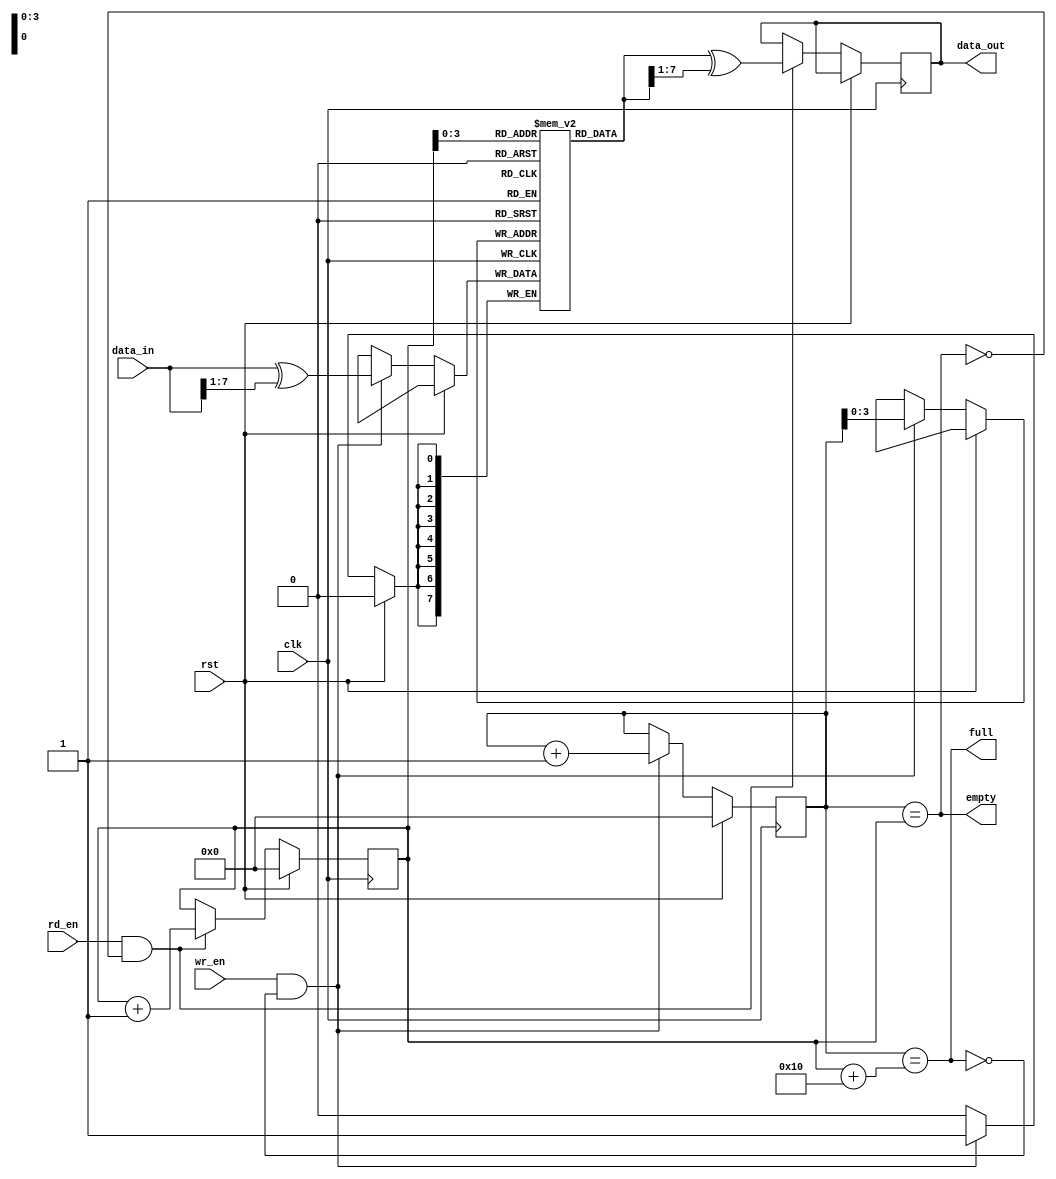
module gray_fifo (
  input wire clk,
  input wire rst,
  input wire wr_en,
  input wire rd_en,
  input wire [WIDTH-1:0] data_in,
  output reg [WIDTH-1:0] data_out,
  output reg full,
  output reg empty
);

parameter WIDTH = 8;
parameter DEPTH = 16;

reg [WIDTH-1:0] memory [DEPTH-1:0];
reg [WIDTH-1:0] gray_data_in;
reg [WIDTH-1:0] gray_data_out;

reg [WIDTH-1:0] read_ptr;
reg [WIDTH-1:0] write_ptr;

// Gray code enode
assign gray_data_in = data_in ^ (data_in >> 1);

// Write data to FIFO
always @ (posedge clk) begin
  if (rst) begin
    write_ptr <= {WIDTH{1'b0}};
  end else if (wr_en && !full) begin
    memory[write_ptr] <= gray_data_in;
    write_ptr <= write_ptr + 1;
  end
end

// Read data from FIFO
always @ (posedge clk) begin
  if (rst) begin
    read_ptr <= {WIDTH{1'b0}};
  end else if (rd_en && !empty) begin
    data_out <= gray_data_out;
    read_ptr <= read_ptr + 1;
  end
end

// FIFO full and empty logic
assign full = (write_ptr == read_ptr + DEPTH);
assign empty = (write_ptr == read_ptr);

// Gray code decode
always @* begin
  gray_data_out = memory[read_ptr] ^ (memory[read_ptr] >> 1);
end

endmodule